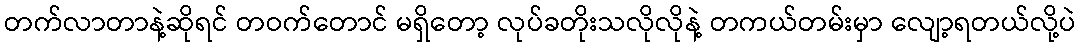
တက်လာတာနဲ့ဆိုရင် တဝက်တောင် မရှိတော့ လုပ်ခတိုးသလိုလိုနဲ့ တကယ်တမ်းမှာ လျော့ရတယ်လို့ပဲ